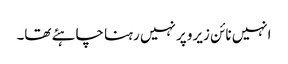
انہیں نائن زیرو پر نہیں رہنا چاہئے تھا۔